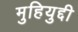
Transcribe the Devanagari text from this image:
मुहियुद्दी